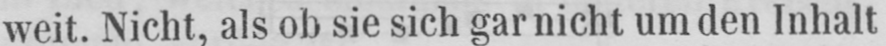
weit. Nicht, als ob sie sich gar nicht um den Inhalt